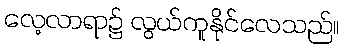
လေ့လာရာ၌ လွယ်ကူနိုင်လေသည်။